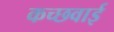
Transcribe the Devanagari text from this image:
कच्छवाई